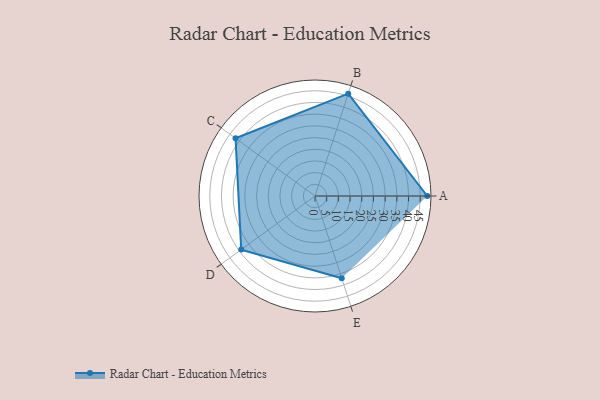
{"axis": {"x": "Skill", "y": "Score"}, "legend": ["Profile"], "data": [{"x": "A", "y": 48.0, "type": "Profile"}, {"x": "B", "y": 46.0, "type": "Profile"}, {"x": "C", "y": 42.0, "type": "Profile"}, {"x": "D", "y": 39.0, "type": "Profile"}, {"x": "E", "y": 37.0, "type": "Profile"}]}